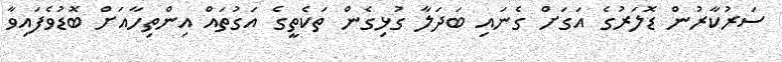
ސަރުކާރުން ޑޮލަރުގެ އަގަށް ގެނައި ބަދަލާ ގުޅިގެން ތަކެތީގެ އަގުތައް އިންތިހާއަށް ބޮޑުވެފައިވާ